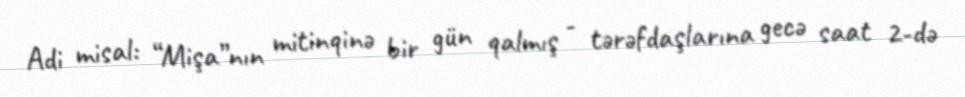
Adi misal: “Mişa”nın mitinqinə bir gün qalmış - tərəfdaşlarına gecə saat 2-də